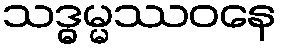
သဒ္ဓမ္မဿဝနေ